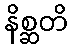
နိစ္ဆတိ